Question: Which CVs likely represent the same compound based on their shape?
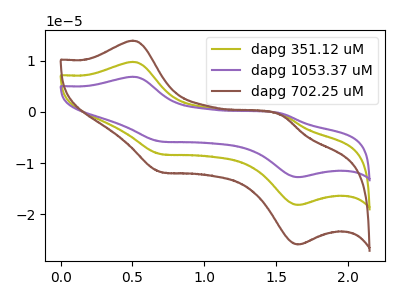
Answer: <think>The olive curve "dapg 351.12 uM" has anodic peaks at (0.50V, 9.75uA) (1.55V, -0.45uA) and cathodic peaks at (0.70V, -8.25uA) (1.65V, -18.20uA). The purple curve "dapg 1053.37 uM" has anodic peaks at (0.50V, 19.50uA) (1.55V, -0.90uA) and cathodic peaks at (0.70V, -16.50uA) (1.65V, -36.35uA). The brown curve "dapg 702.25 uM" has anodic peaks at (0.50V, 13.90uA) (1.55V, -0.65uA) and cathodic peaks at (0.70V, -11.75uA) (1.65V, -25.90uA).
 All the peaks in "dapg 351.12 uM" have a peak in "dapg 1053.37 uM" at the same potential. All the peaks in "dapg 351.12 uM" have a peak in "dapg 702.25 uM" at the same potential. All the peaks in "dapg 1053.37 uM" have a peak in "dapg 702.25 uM" at the same potential.</think>
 <answer>"dapg 702.25 uM", "dapg 351.12 uM" and "dapg 1053.37 uM" have the same shape and are likely CV's of the same chemical.</answer>
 <eval>"dapg 702.25 uM" "dapg 351.12 uM" "dapg 1053.37 uM"</eval>